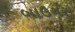
બાઉચર